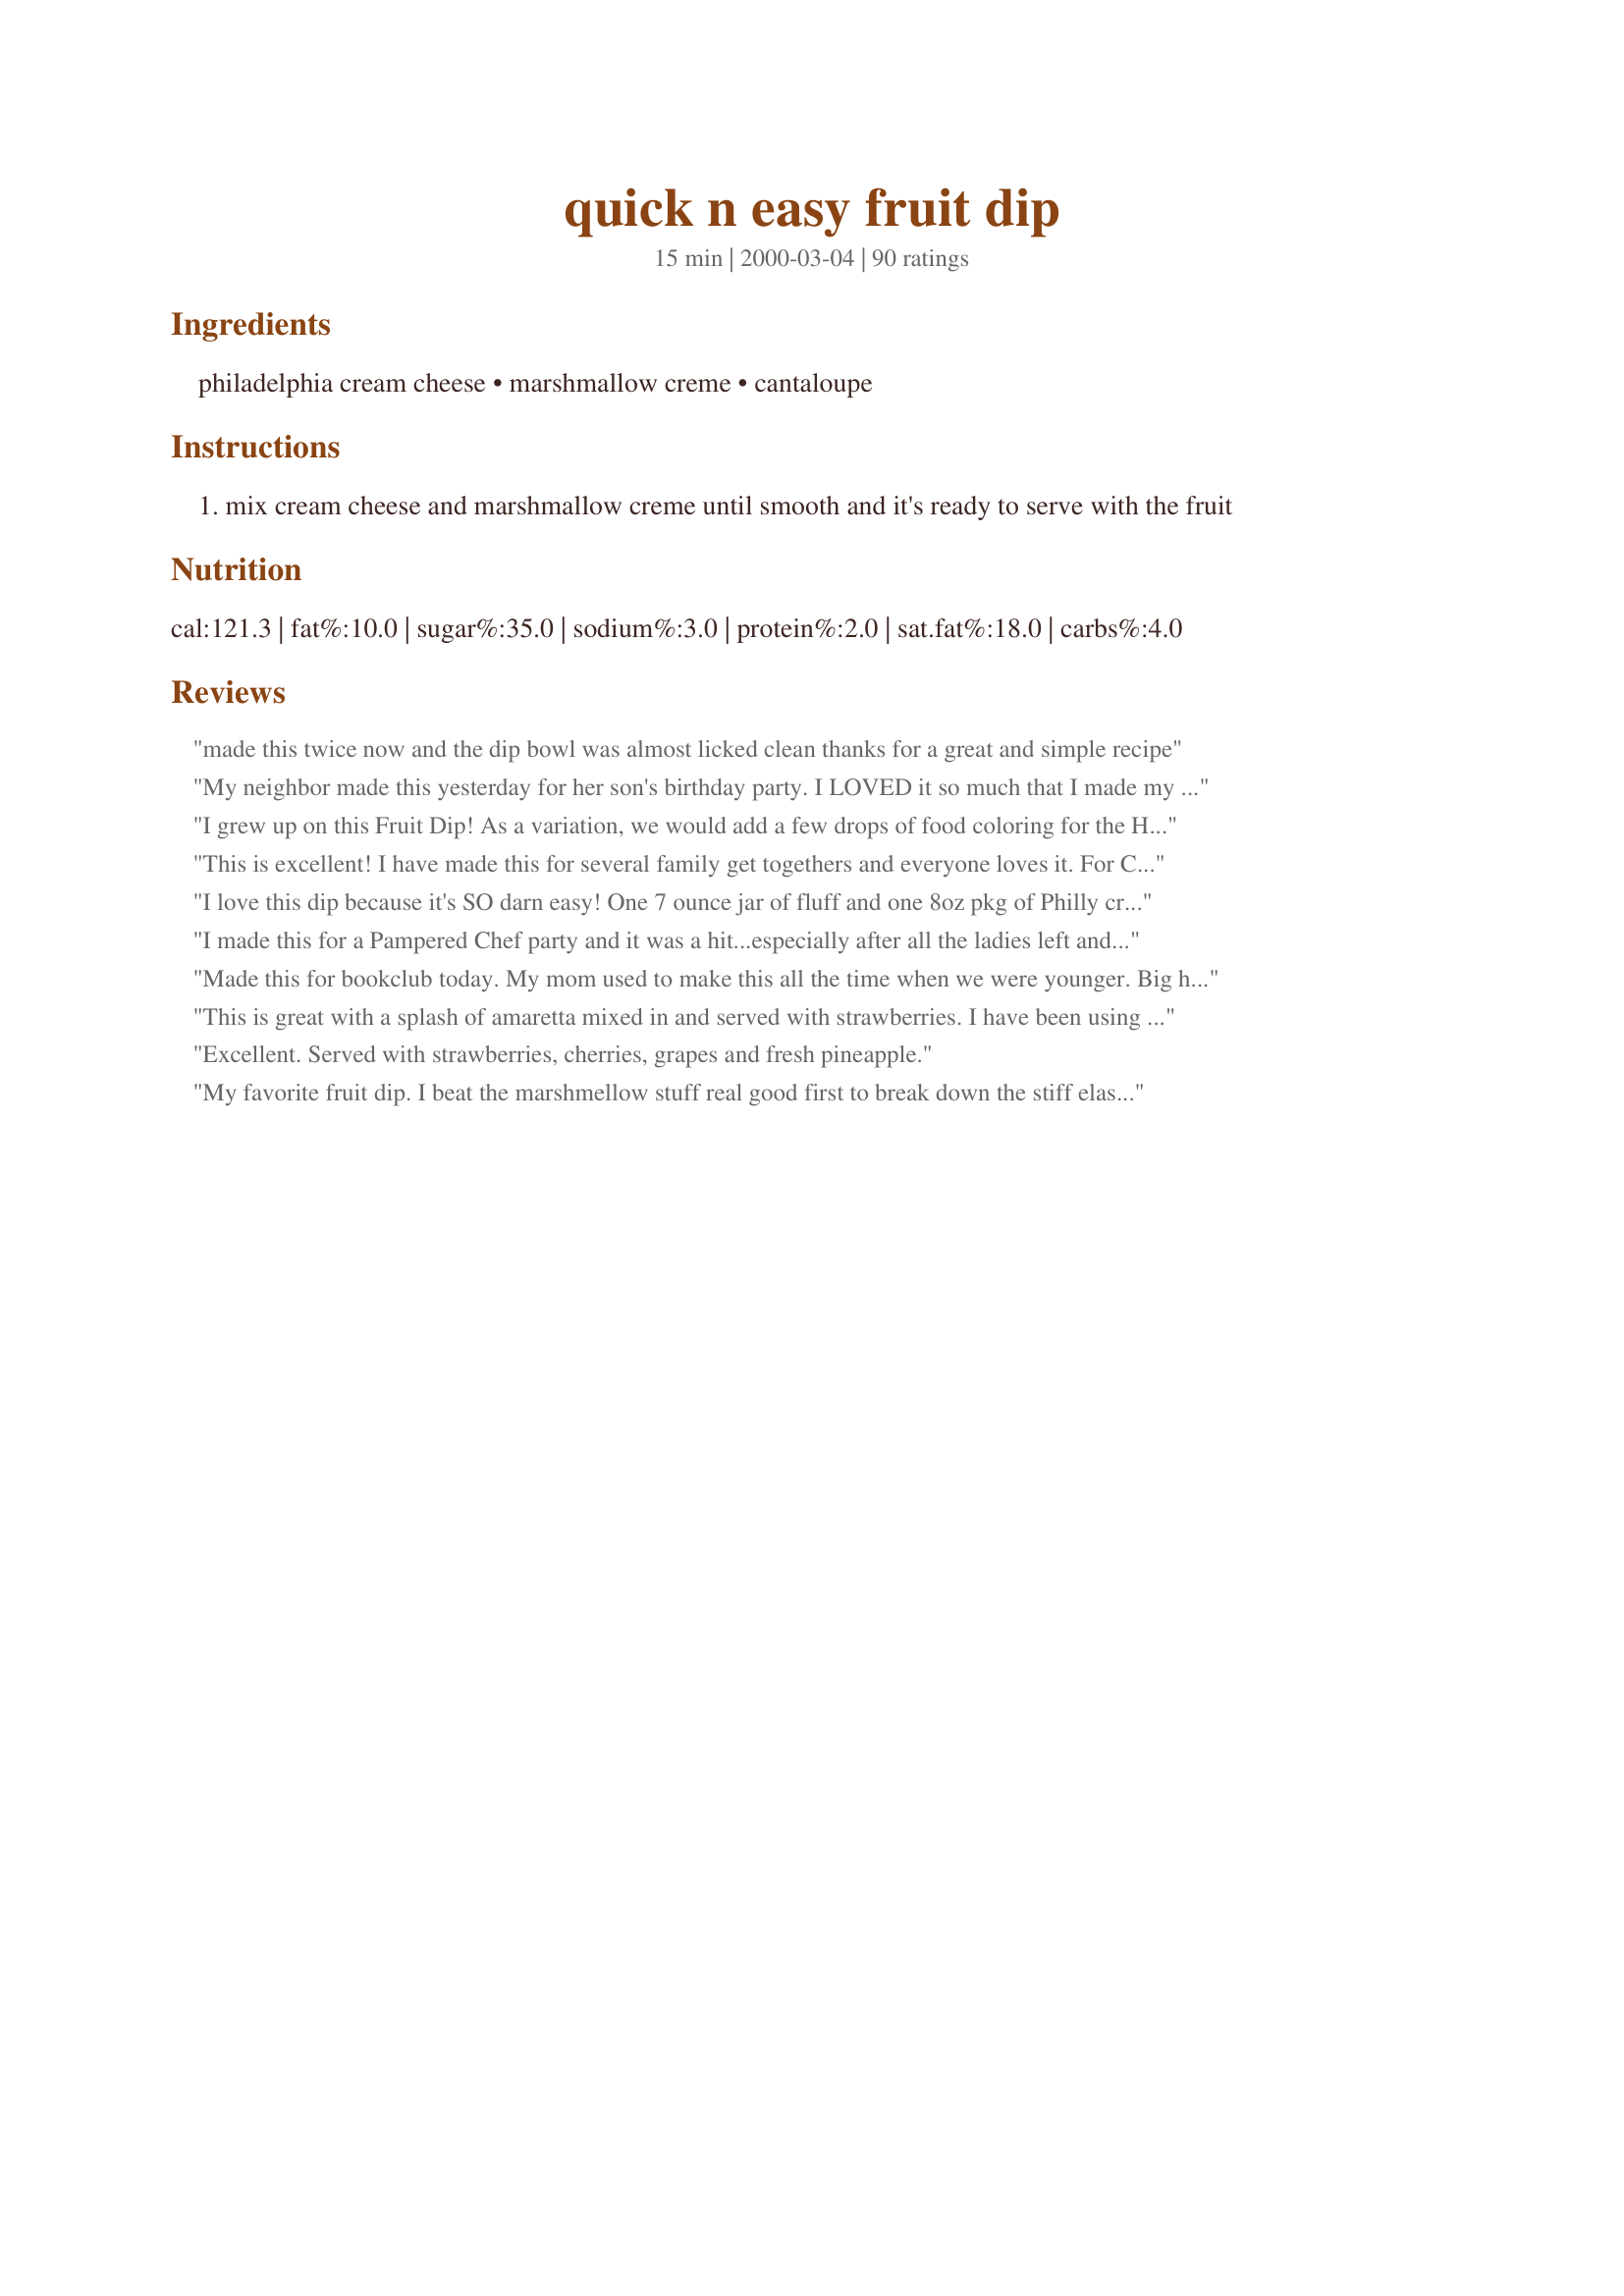
quick n easy fruit dip
Preparation time: 15 minutes

Ingredients:
philadelphia cream cheese, marshmallow creme, cantaloupe

Steps:
mix cream cheese and marshmallow creme until smooth and it's ready to serve with the fruit

Reviews:
made this twice now and the dip bowl was almost licked clean thanks for a great and simple recipe
My neighbor made this yesterday for her son's birthday party. I LOVED it so much that I made my own today! I love it with grapes and strawberries. Tastes like cheesecake to me. My neighbor dyed it green at her son's request and kept saying, "mom I need more green stuff for my fruit!!!". I made mine pink to match my strawberries. This is the best and really the ONLY fruit dip that I like.
I grew up on this Fruit Dip! As a variation, we would add a few drops of food coloring for the Holidays. Like for a St. Patrick's Day get together, we'd make it green! Delicious dip! And every fruit goes well with it - my favorites are red grapes, bananas, and granny smith apples!
This is excellent! I have made this for several family get togethers and everyone loves it. For Christmas, I made it and filled some of those little frozen pastry shells that make great appetizers...you can find them in your grocery store freezer section. I garnished the fruit dip pastry shells with some dried fruits and chocolate covered raisins. They were great!
I love this dip because it's SO darn easy! One 7 ounce jar of fluff and one 8oz pkg of Philly cream cheese and you're done. Tastes yummy, too!
I made this for a Pampered Chef party and it was a hit...especially after all the ladies left and my DH kept coming out and eating the leftovers! He could not stop raving about it. Could not be easier (or cheaper for that matter). Thanks!
Made this for bookclub today. My mom used to make this all the time when we were younger. Big hit! Served with strawberries, pineapple, and apples! Yum!!!
This is great with a splash of amaretta mixed in and served with strawberries. I have been using this recipe for many years and it always gets great reviews.
Excellent. Served with strawberries, cherries, grapes and fresh pineapple.
My favorite fruit dip. I beat the marshmellow stuff real good first to break down the stiff elasticity and make it smoother for dipping.
This is a good, simple recipe. Tastes light and fluffy. Blend well so there are no \
Doesn't get any easier than this, delicious too. Went great with melon, pineapple, mandarin orange slices etc. Great recipe!
sooooo good! thank you.
Very Easy and yummy. Was a hit with the kids and adults. Will make again.
It was really good,a bit of a mess to make though..
I've been making this for years and just now happened to have stumbled upon it here. I figured I would review it anyway because its just so dang good! Certianly deserves more than five stars!
I made this for a pitch in with friends I hosted this past weekend. I ranted and raved about how delicious it is. My guests ALL agreed...one stating "this is so good it should be illegal!" It was gone in a New York minute! (and I was disappointed no leftovers for me!) How much more simple could a recipe get? I imagine if one wanted to add variety (but why would they?) they could add a touch of cinnamon or other spice to the mix for a kick. But, like I said...it is DELICIOUS!!!!! I LOVE IT and will be making it a lot this summer. Bananas are my favorite fruit for dipping in this.
One of the girls at work made this and I thought it was incredible. I added a couple of teaspoons of orange juice, which gave it a wonderful flavor. I think you could add all kinds of different flavors to this and never go wrong!
We usually add a package of lemon pudding mix. (dry just for flavor.
Yum! I served these for St. Paddy's Day (with green honeydew, kiwi, and green apples) and the kids loved it! Yum!
This sounds like a strange combination of flavors... but this dip is really delicious! It was a good way to get the kids to eat a variety of fruit one day. Thanks : )
This was really tasty, and I liked it better than some of the other marshmallow fruit dips that I've had. I used lite cream cheese. If you make this recipe, it is best to buy the 8 oz jar of fluff. DH bought a 16 oz container, and boy was it hard to measure out 8 ounces....very sticky stuff...just a tip!
I love this dip with a tbsp or two of dry jello. My favorite is strawberry.
I love this dip with apples! It is fantastic for a fruit tray at a party. I could eat it plain on a spoon! I like the idea of a little cinnamon on top! Thanks!
Everyone who tries this dip loves it!! It tastes like cheesecake to me!!! YUMMY!!
I needed a sweet dip for a graduation party to go with all the savory foods we were having. I came here on Recipezaar. With all the great reviews and 2 ingredients, how could you go wrong? I did add about 1/2 tsp of clear vanilla to the dip, but I'm sure it would've been fine without it. The kids were dipping everything in it, cherries, cookies, pretzels-you name it. Thanks, this is a keeper!
This is my very favorite fruit dip. Everyone asks me to bring it to family parties and such. I sometimes use strawberry (or any other flavor) cream cheese and it adds a little color and flavor to the dip. Also, make sure you beat the cream cheese before you add the marshmallow cream, otherwise it sometimes comes out chunky. Another tip, microwave the marshmallow cream for about 10-15 seconds (right in the bottle) before you add it. This will make it less chunky as well. Thanks for posting this recipe and reminding me how much I enjoy it. I'll be making it again soon, for sure!!!
I have used this recipe many times for parties. It is delish! I like it best with pineapple and strawberries. Thanks for posting.
This has been my favorite fruit dip for like 20 years! :)
this dip is realy good and i suggest dipping your fav. fruits in this it is really good that way
yummy & a hit at baby's baptism reception. should be noted that the cream cheese needs to be softened &beaten first so it will mix well.
Was served this at a party & really enjoyed it. The hostess said she used lite cream cheese so I'd love to try it with regular. Yummy with strawberries especially!
Great fruit dip. Great with melons.
I added a teaspoon of grated orang rind. It add just a little different twist.
It's oh so YUMMY!
Absolutely amazing. I've made it quite a few times now, and it's always a crowd pleaser. I add some lemon zest and a little vanilla. Perfect!
simple, easy and very very tasty! Thanks for sharing.
this was a good dip i added some strawberry jello and it was super tasty but i didnt let the cream cheese warm up before mixing it together so that is the only thing ill change for next time thank you
Pretty darn tasty! I made this for my daughter's 4th birthday party to go with strawberries, apple slices and pineapple chunks. I put the dip in three small bowls and then added blue food coloring to one, purple to another and pink to the last one. The kids seemed to really like this and the adults all told me how good it was and asked what was in it. This is a good dip for those who want something tasty and quick!
I've used this before, and I LOVE it. I use equal amounts of cream cheese and marshmallow, though.
this is a really good fruit dip. We have also been making it for years.
My daughter loved this dip! I took some to work and the co-workers loved it too. I didn't change a thing. We all liked it with apples. Thanks for posting!
This is the fruit dip I always make and it is wonderful!!!!
This was very easy and pretty good. It was a little sweet for our taste which is why I gave it 4 stars. Overall a very easy good recipe. Thanks.
Really so simple to put together. I think next time I will try a little lemon extract too :)
Delicious!
I've been using this simple recipe for years. I usually serve it with sliced granny smith apples. I soak them ahead of time in pineapple juice to keep them from browning.
Wonderful as is but even better with a little whipping cream and a vanilla bean scraped in.
We've made this dip since I was a kid! It's so easy and is always a hit at a party. I have to chuckle when someone has to have the recipe. :)
OMGosh, this needs 10 stars!! I needed something for a small potluck tonight and was looking around and found this recipe and I thought wow how easy is this and it sounded delicious. So I sent DH to the store to get everything that I needed for it. He picked up apples, strawberries and pineapple...this was perfect! I have another potluck in two weeks and I'm making this again...Thanks for sharing this will be a frequent in our home.
Made this for a fruit tray at a baby shower and it was a big hit! Everyone enjoyed it! I loved it because it is quick and easy to make. Will definitely use this again! Thanks William Hakala1!
This was awesome!! I made it the day before and put it in the fridge and it worked perfectly! Thanks
DELICIOUS AND SIMPLE! I made this dip and the recipe was great. I took the advice of a couple reviewers and added a bit of heavy cream, some lemon zest and fresh lemon juice. It offered a nice fresh twist on the original recipe if you want to try something different. It would also make a great icing for cupcakes!
Made this with fruit kabobs for my Grandson's Valentines party at school. Was a huge hit. I loved that it was easy and tasted great.
Ive been eating this dip since I was a little girl! Ive made it for so many people, and I have turned all of them into addicts. Its the yummiest thing EVER!
This fruit dip was delicious! I took the suggestions of several reviews and used the strawberry flavored philadelphia cream cheese. I served this with a tray of strawberries and it was a hit. Thanks for a great fruit dip recipe.
Just like the name says...quick-n-easy! This dip was so good and made a nice addition to our buffet table. We served it with strawberries, mango, watermelon, and pineapple.
I've made this recipe for years. It's one great fruit dip.
I bought a jar of marshmallow creme just to try this, but I didn't really like the taste of this at all. Really sorry.
Excellent and easy. I added a drizzle of vanilla and served it with strawberries and grapes. The kids LOVED it.
This is totally the old standard I remember from childhood. It was at very potluck, family gathering, picnic and more! I followed the advice of other reviewers and brightened it with a little lemon juice and vanilla extract. Served on skewers with seedless black grapes, cantaloupe and strawberries. YUM!
Made this tonight for our teen son with fruit and he loved it. Thanks for a great recipe that will be made again. :)
This is a great recipe. You can add some juice from maraschino cherries for added taste and color. I especially like apples and pears with this dip.
Loved this dip. I added 3 tablespoons of maraschino cherry juice that I needed to use up. Served with both fruit and sugar cookies.
Exactly what I was looking for! And you just can beat 2 simple ingredients and 3 minute prep time. Perfect!!
This was a really great fruit dip! Everyone kept trying to get into it before it was served! I added a small capful of vanilla with it and worked beautifully! Served it with a large bowl of fresh fruit for Easter Sunday. Had fruit leftover...but not the dip!!! Thanks for a great recipe!
This is a fun, easy dish to bring to a get-together. Because it does not contain mayo, it is ok to set outside. Try adding 1/4 teaspoon of almond extract,it adds tremendous flavor!
Yum! Not only did I dip fruit but also thin pretzel sticks! This will be a summer staple in my house!
Amazing! I read the other reviews &amp; thought it was a bit thick too. I added 4 tsp of hazelnut liqueur to help thin it a bit &amp; add that nutty flavor. It was a huge hit at the baby shower! It will be my go-to fruit dip for sure!
The same recipe I use except I add a teaspoon of Frangelica liquor. Gives it a hint of hazelnut.
yummy. every one loved this and it was so simple!! served with grapes apples oranges and strawberrys!
a great recipe and so very simple.. Made it for a fruit tray with strawberries, pineapple, and grapes for a baby shower, and it was a definate hit!
Made this for a party last night at my daughters. It was very tasty. Thanks
I've made this dip for years. Sometimes I use the strawberry cream cheese. It makes a more colorful presentation and tastes great!

I first tasted this dip at my LaMaze Class--geez 16 yrs ago! This has my all time favorite dip since then...Tart apples are my favorite fruit to serve--tastes just like caramel apples! Strawberries are also yummy! PS - this flopped (for me) with fat-free cream cheese, so I only use PHILADELPHIA (no generic) regular or reduced fat cream cheese.
This is the fruit dip I always make and it is great with pineapple! Also its important to let your cream cheese soften enough or it will be a little lumpy. My friend used strawberry cream cheese to make it once and it was so good with strawberries! If you like this dip you should definately try it with strawberry cream cheese too.
Delicious simplicity! I read several reviews before making this recipe, so when I made it, I knew to whip the cream cheese well before adding the marshmellow creme, to microwave the marshmellow creme 10-15 seconds in the jar before using it, and to add about 2 tsp orange juice. I did those things, and the result was a simple, delicious dip! Perfect to bring to the numerous holiday parties!
I have been making this for years! But most recently decided to use "fresh" marshmallows from Whole Foods since I didn't have any Marshmallow Creme. Bad idea. It was gritty. Just thought I'd vouch for how AMAZING this recipe is as well as offer what didn't work with this delicious dip!
We loved this. I served it with pineapple, strawberries, apples, bananas and grapes. I plan on making this often, especially in the summer, but good at all times. Thank you for posting
This was GREAT and my son enjoyed helping to make. Very simple and tasty.
I've been looking for a fruit dip with a nice cream cheese flavor, as is available in the more upscale grocery store deli in my area. I'd been resisting this fruit dip, trying every other recipe I could find. Who would have thought? This is just what I was looking for!
This is so smooth and creamy and yummy! I melt both ingredients over a low heat to mix them well. I use 1 drop of red food coloring to make a pink dip for strawberries and 1 drop of orange to make a peach dip for peaches!!
Excellent dip! Served with strawberries, blueberries and cherries for 4th of July! Doesn't get any easier than this!
I, also, have been making this for a while. It's especially good with strawberries. This is something I always take to ladies' get-togethers, such as showers or tea parties.
I didn't make this but had it at a party today--she made it with strawberry cream cheese and marshmallow creme and it was awesome!
I used low-fat cream cheese and added 1 cup lite cool-whip. It was a great hit with friends.
Great dip and easy to make with ingredients I usually have. Made as written and served with strawberries and sliced red and green apples. Has the right amount of sweetness without being over powering on the fruit. Made for Help a Naked Recipe Tag in the Photo Forum.
I also add heavy whipping cream and the juice from a jar of marachino cherries to mine.

YUUMMY

always a hit, and never any left. :)
Very good!
We love this- making for 19 years now. We like it w/ apples and strawberries !
This recipe is good, but if you add just a bit of heavy whipping cream and a splash of lemon juice it's even better!
